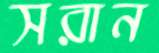
সরান